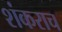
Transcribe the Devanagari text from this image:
शंकराच